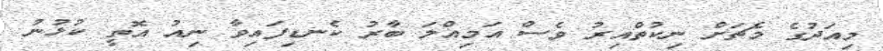
މިއަދުގެ މެޗަށް ނިކުތްއިރު ވެސް އަމިއްލަ ބާރު ކެނޑިފައިވާ ނިއު އޮތީ ކުޅުނު